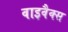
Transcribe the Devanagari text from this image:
वाइवैक्स